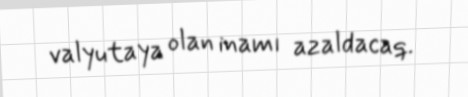
valyutaya olan inamı azaldacaq.